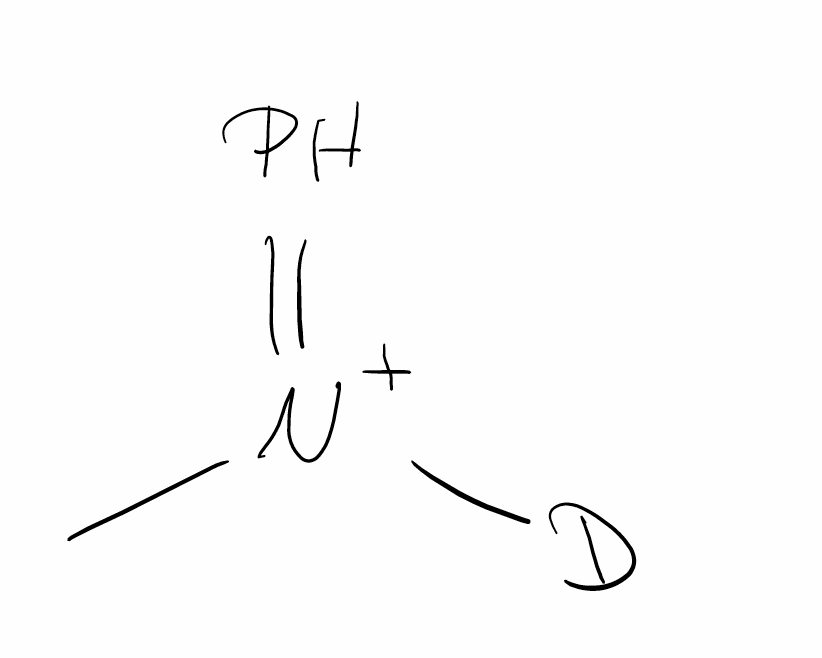
Simplified molecular-input line-entry system (SMILES) notation of the given molecule:
[2H][N+](=P)C